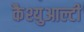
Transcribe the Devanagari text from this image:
कैश्युआल्टी